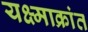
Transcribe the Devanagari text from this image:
यक्ष्माक्रांत